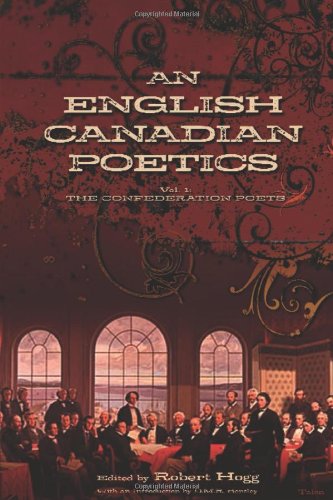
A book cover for An English Canadian Poetics: Vol. 1 The Confederation Poets; Literature & Fiction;